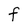
Character: f